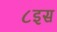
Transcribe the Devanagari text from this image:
८इस